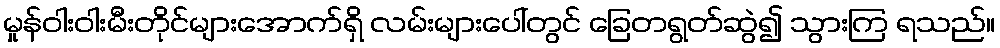
မှုန်ဝါးဝါးမီးတိုင်များအောက်ရှိ လမ်းများပေါ်တွင် ခြေတရွတ်ဆွဲ၍ သွားကြ ရသည်။